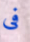
فى